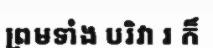
ព្រមទាំង បរិវា រ ក៏